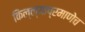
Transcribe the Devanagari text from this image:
किल्ल्याप्रमाणेच